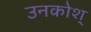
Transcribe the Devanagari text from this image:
उनकोश्